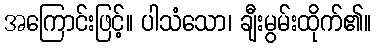
အကြောင်းဖြင့်။ ပါသံသော၊ ချီးမွမ်းထိုက်၏။